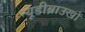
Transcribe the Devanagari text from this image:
न्यूडीब्राउखों